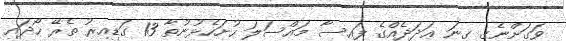
ވަގަށްނެގި ގިނަ ޢަދަދެއްގެ ފައިސާ މައްސަލަ ހުށަހެޅުނުތާ 13 ގަޑިއިރު ތެރޭ ހޯދައި